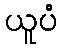
ယူပံ